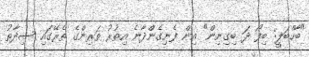
"ބާހްބަލީ: ބިފޯ ދަ ބިގިނިން" އިން ފެނިގެންދާނެ އިތުރު ތަރިންގެ ތެރޭގައި ސިދާތު